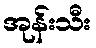
အုန်းသီး